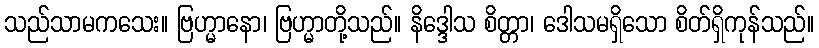
သည်သာမကသေး။ ဗြဟ္မာနော၊ ဗြဟ္မာတို့သည်။ နိဒ္ဒေါသ စိတ္တာ၊ ဒေါသမရှိသော စိတ်ရှိကုန်သည်။